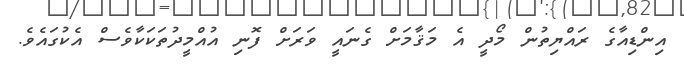
އިންޑިއާގެ ރައްޔިތުން މޯދީ އެ މަޤާމަށް ގެނައީ ވަރަށް ފޮނި އުއްމީދުތަކަކާވެސް އެކުގައެވެ.